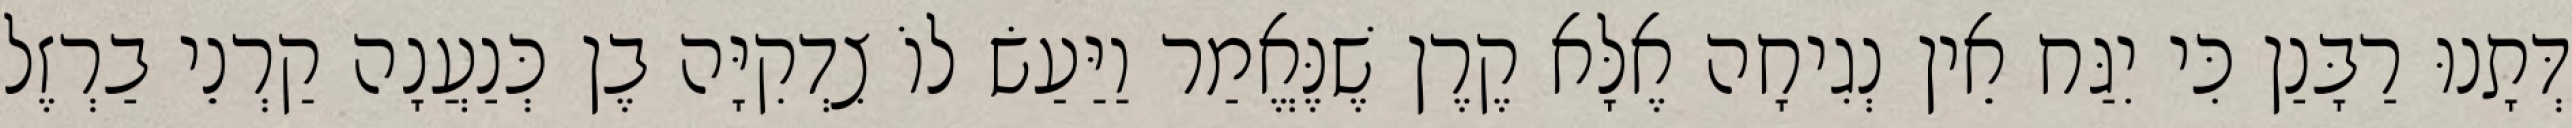
דְּתָנוּ רַבָּנַן כִּי יִגַּח אֵין נְגִיחָה אֶלָּא קֶרֶן שֶׁנֶּאֱמַר וַיַּעַשׂ לוֹ צִדְקִיָּה בֶן כְּנַעֲנָה קַרְנֵי בַרְזֶל